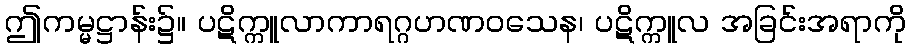
ဤကမ္မဋ္ဌာန်း၌။ ပဋိက္ကူလာကာရဂ္ဂဟဏဝသေန၊ ပဋိက္ကူလ အခြင်းအရာကို